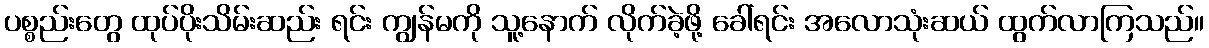
ပစ္စည်းတွေ ထုပ်ပိုးသိမ်းဆည်း ရင်း ကျွန်မကို သူ့နောက် လိုက်ခဲ့ဖို့ ခေါ်ရင်း အလောသုံးဆယ် ထွက်လာကြသည်။